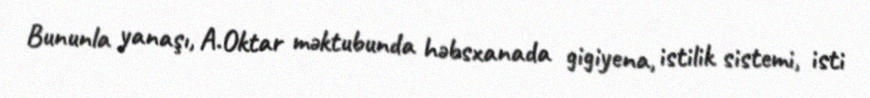
Bununla yanaşı, A.Oktar məktubunda həbsxanada gigiyena, istilik sistemi, isti